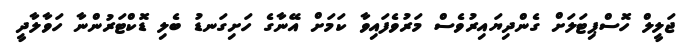
ޖަލީލް ހޮސްޕިޓަލަށް ގެންދިޔައިރުވެސް މަރުވެފައިވާ ކަމަށް އޭނާގެ ހަށިގަނޑު ބެލި ޑޮކްޓަރުންނާ ހަވާލާދީ